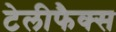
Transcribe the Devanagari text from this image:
टेलीफैक्स